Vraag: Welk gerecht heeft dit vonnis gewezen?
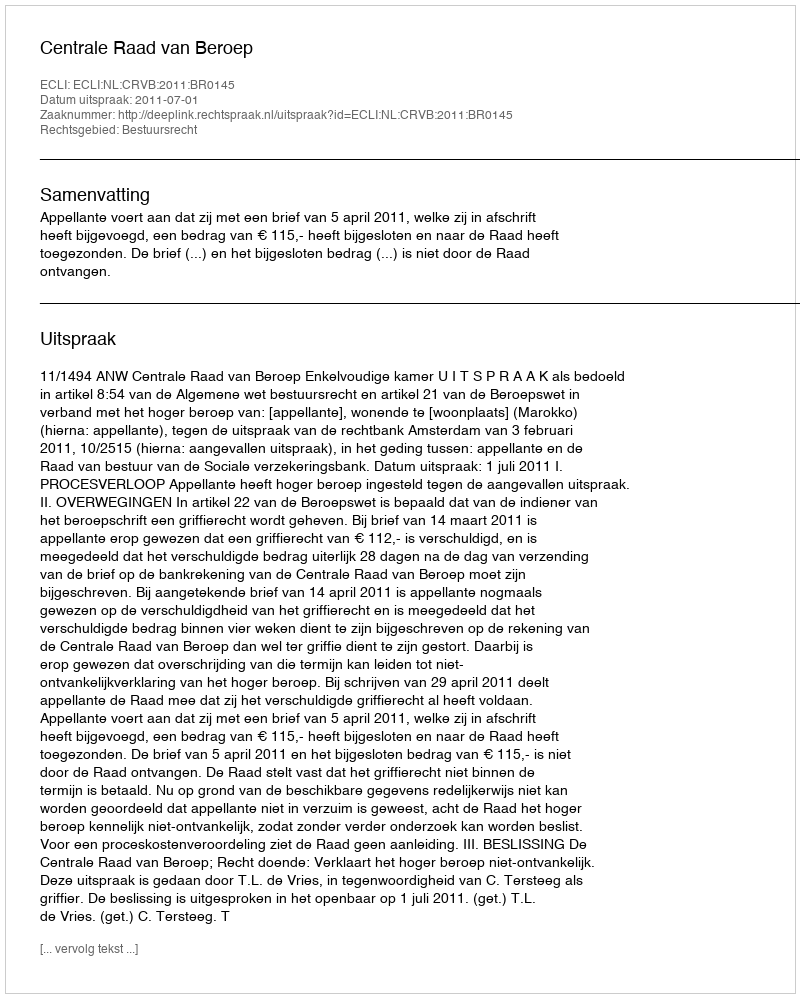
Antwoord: Centrale Raad van Beroep